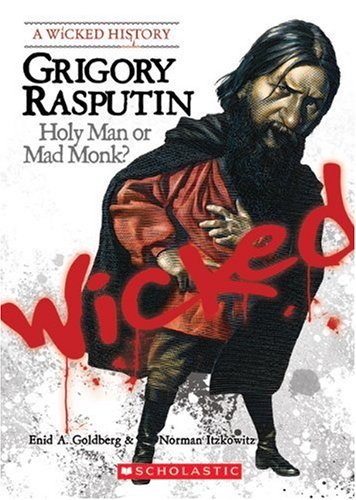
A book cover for Grigory Rasputin: Holy Man or Mad Monk? (Wicked History); Enid A. Goldberg; Teen & Young Adult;